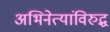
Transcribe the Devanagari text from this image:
अभिनेत्यांविरुद्ध